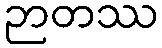
ဉာတဿ